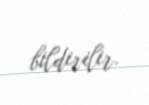
bildirilir.